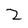
Character: 2